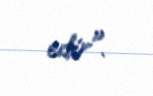
edir".